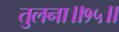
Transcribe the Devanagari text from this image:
तुलना॥१५॥